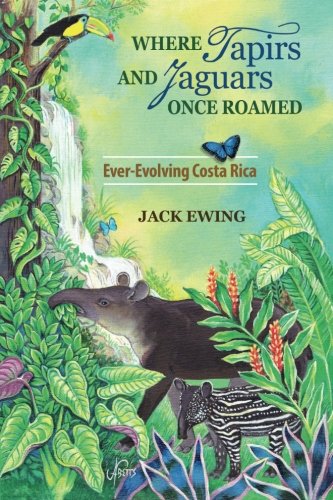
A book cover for Where Tapirs and Jaguars Once Roamed: Ever-Evolving Costa Rica; Jack Ewing; Science & Math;